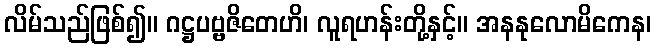
လိမ်သည်ဖြစ်၍။ ဂဋ္ဌပဗ္ဗဇိတေဟိ၊ လူရဟန်းတို့နှင့်။ အနနုလောမိကေန၊